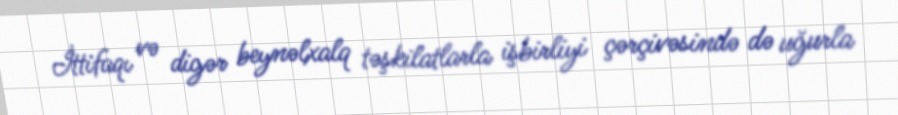
İttifaqı və digər beynəlxalq təşkilatlarla işbirliyi çərçivəsində də uğurla